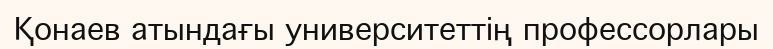
Қонаев атындағы университеттің профессорлары